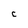
Character: C